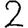
Digit: 2